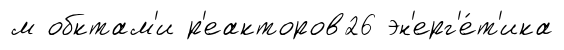
м обктам'и р'еакторов26 эн'ерг'е́т'ика